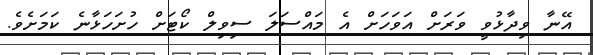
އޭނާ ވިދާޅުވީ ވަރަށް އަވަހަށް އެ މައްސަލަ ސިވިލް ކޯޓަށް ހުށަހަޅާނެ ކަމަށެވެ.